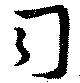
司